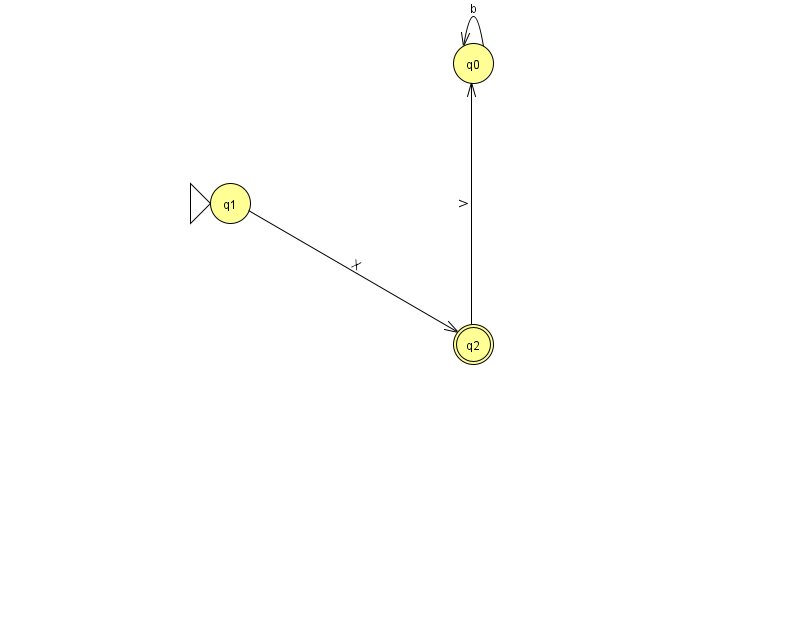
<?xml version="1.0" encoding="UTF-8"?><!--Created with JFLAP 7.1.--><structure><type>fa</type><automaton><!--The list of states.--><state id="0" name="q0"><x>473.0</x><y>50.0</y></state><state id="1" name="q1"><x>230.0</x><y>190.0</y><initial/></state><state id="2" name="q2"><x>473.0</x><y>331.0</y><final/></state><!--The list of transitions.--><transition><from>2</from><to>0</to><read>V</read></transition><transition><from>0</from><to>0</to><read>b</read></transition><transition><from>1</from><to>2</to><read>X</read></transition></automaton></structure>